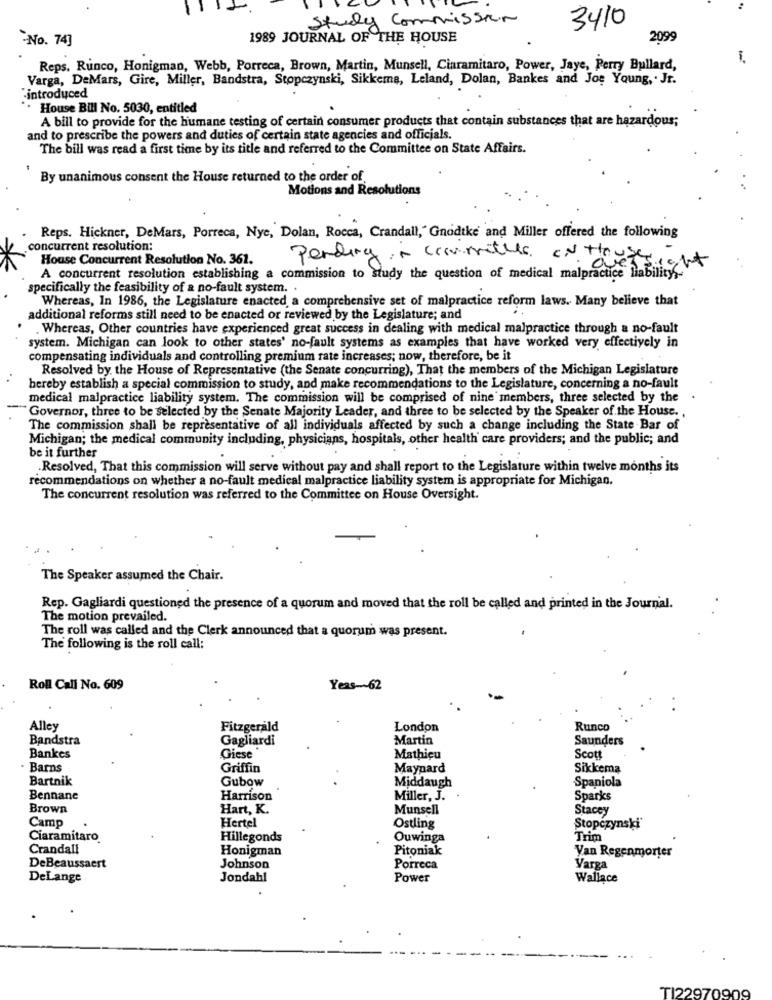
Study Commission
3410
No. 743
1989 JOURNAL OF THE HOUSE
2099
Reps. Runco, Honigman, Webb, Porreca, Brown, Martin, Munsell, Ciaramitaro, Power, Jaye, Perry Bullard,
Varga, DeMars, Gire, Miller, Bandstra, Stopczynski, Sikkema, Leland, Dolan, Bankes and Joe Young, . Jr.
"introduced
House Bill No. 5030, entitled
A bill to provide for the humane testing of certain consumer products that contain substances that are hazardous;
and to prescribe the powers and duties of certain state agencies and officials.
The bill was read a first time by its title and referred to the Committee on State Affairs.
By unanimous consent the House returned to the order of.
Motions and Resolutions
Reps. Hickner, DeMars, Porreca, Nyc, Dolan, Rocca, Crandall," Gnodtke and Miller offered the following
concurrent resolution:
House Concurrent Resolution No. 361.
Pending ~ committee ON thussight
A concurrent resolution establishing a commission to study the question of medical malpractice liability ,-
specifically the feasibility of a no-fault system. .
Whereas, In 1986, the Legislature enacted a comprehensive set of malpractice reform laws. Many believe that
additional reforms still need to be enacted or reviewed by the Legislature; and
. Whereas, Other countries have experienced great success in dealing with medical malpractice through a no-fault
system. Michigan can look to other states' no-fault systems as examples that have worked very effectively in
compensating individuals and controlling premium rate increases; now, therefore, be it
Resolved by the House of Representative (the Senate concurring), That the members of the Michigan Legislature
hereby establish a special commission to study, and make recommendations to the Legislature, concerning a no-fault
medical malpractice liability system. The commission will be comprised of nine members, three selected by the
"Governor, three to be selected by the Senate Majority Leader, and three to be selected by the Speaker of the House ..
The commission shall be representative of all individuals affected by such a change including the State Bar of
Michigan; the medical community including, physicians, hospitals, other health care providers; and the public; and
be it further
.Resolved, That this commission will serve without pay and shall report to the Legislature within twelve months its
recommendations on whether a no-fault medical malpractice liability system is appropriate for Michigan.
The concurrent resolution was referred to the Committee on House Oversight.
The Speaker assumed the Chair.
Rep. Gagliardi questioned the presence of a quorum and moved that the roll be called and printed in the Journal.
The motion prevailed.
The roll was called and the Clerk announced that a quorum was present.
The following is the roll call:
Roll Call No. 609
Yeas ~~ 62
Alley
Fitzgerald
London
Runco
Bandstra
Gagliardi
Martin
Saunders
Bankes
Giese
Mathieu
Scott
· Barns
Griffin
Maynard
Sikkema
Bartnik
Gubow
Middaugh
Spaniola
Bennane
Harrison
Miller, J.
Sparks
Brown
Hart, K.
Munsell
Stacey
Camp
Hertel
Ostling
Stopczynski
Ciaramitaro
Hillegonds
Ouwinga
Trim
Crandall
Honigman
Pitoniak
Van Regenmorter
DeBeaussaert
Johnson
Porreca
Varga
DeLange
Jondahl
Power
Wallace
TI22970909